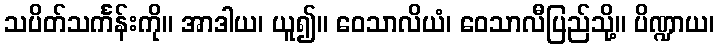
သပိတ်သင်္ကန်းကို။ အာဒါယ၊ ယူ၍။ ဝေသာလိယံ၊ ဝေသာလီပြည်သို့။ ပိဏ္ဍာယ၊